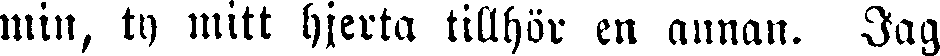
min, ty mitt hjerta tillhör en annan. Jag